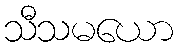
သီသမယော